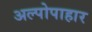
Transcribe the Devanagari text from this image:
अल्पोपाहार